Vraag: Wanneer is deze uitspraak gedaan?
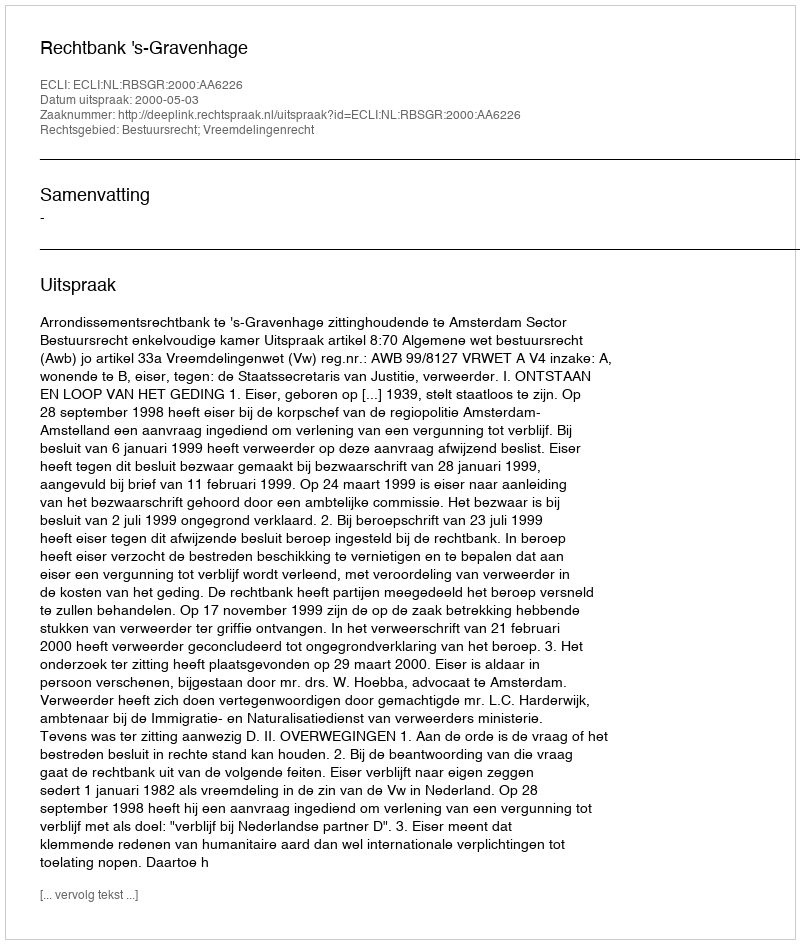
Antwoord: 2000-05-03